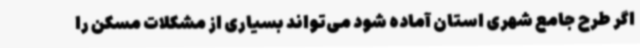
اگر طرح جامع شهری استان آماده شود می‌تواند بسیاری از مشکلات مسکن را